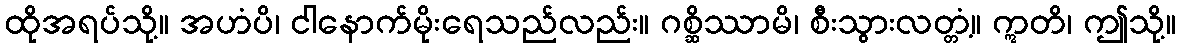
ထိုအရပ်သို့။ အဟံပိ၊ ငါနောက်မိုးရေသည်လည်း။ ဂစ္ဆိဿာမိ၊ စီးသွားလတ္တံ့။ ဣတိ၊ ဤသို့။